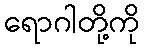
ရောဂါတို့ကို